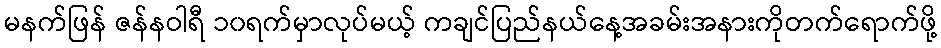
မနက်ဖြန် ဇန်နဝါရီ ၁၀ရက်မှာလုပ်မယ့် ကချင်ပြည်နယ်နေ့အခမ်းအနားကိုတက်ရောက်ဖို့